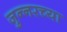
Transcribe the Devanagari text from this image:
जुन्‍नरच्या